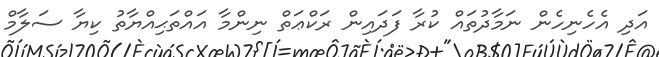
އަދި އެހެނިހެން ނަމާދުތައް ކުރާ ފަދައިން ރަކްޢަތް ނިންމާ އައްތަޙިއްޔާތު ކިޔާ ސަލާމް